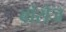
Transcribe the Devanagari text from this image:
बोरोज